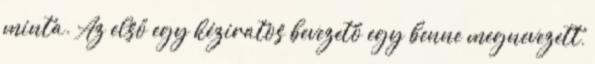
minta. Az első egy kéziratos bevezető egy benne megnevezett,